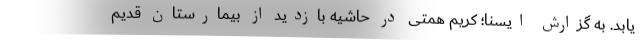
یابد. به گزارش ایسنا؛ کریم همتی در حاشیه بازدید از بیمارستان قدیم